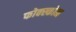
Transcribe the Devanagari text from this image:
फोक्स्कोन